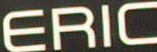
ERIC